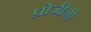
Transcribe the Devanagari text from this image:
प्रोजीनी